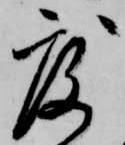
度